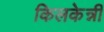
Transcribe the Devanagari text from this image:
किलकेन्नी